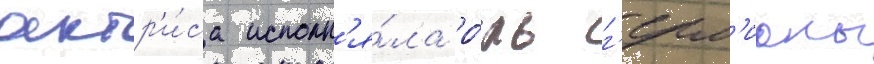
актр'и́са исполн'я́ла ро́ль г'ерм'ионы